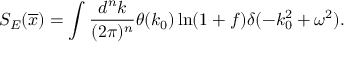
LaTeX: S _ { E } ( \overline { { x } } ) = \int \frac { d ^ { n } k } { ( 2 \pi ) ^ { n } } \theta ( k _ { 0 } ) \ln ( 1 + f ) \delta ( - k _ { 0 } ^ { 2 } + \omega ^ { 2 } ) .